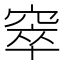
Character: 窣